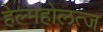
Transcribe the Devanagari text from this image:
हेल्महोलत्ज